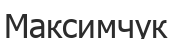
Максимчук